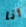
أنا